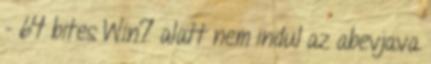
- 64 bites Win7 alatt nem indul az abevjava